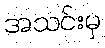
အသင်းမှ